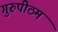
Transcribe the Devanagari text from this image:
गुरुपीठम